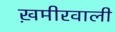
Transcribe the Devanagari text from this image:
ख़मीरवाली